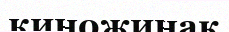
киножинақ